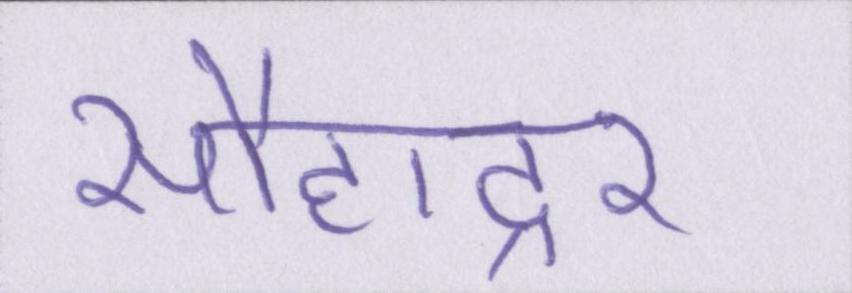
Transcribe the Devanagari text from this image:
सौहाद्र्र